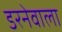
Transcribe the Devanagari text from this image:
डरनेवाला